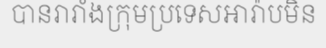
បានរារាំងក្រុមប្រទេសអារ៉ាបមិន